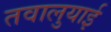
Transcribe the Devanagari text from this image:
तवालुयाई